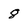
Character: 8